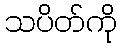
သပိတ်ကို